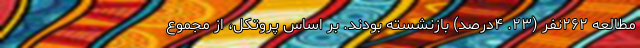
مطالعه ۲۶۲نفر (۲۳. ۴درصد) بازنشسته بودند. بر اساس پروتکل، از مجموع